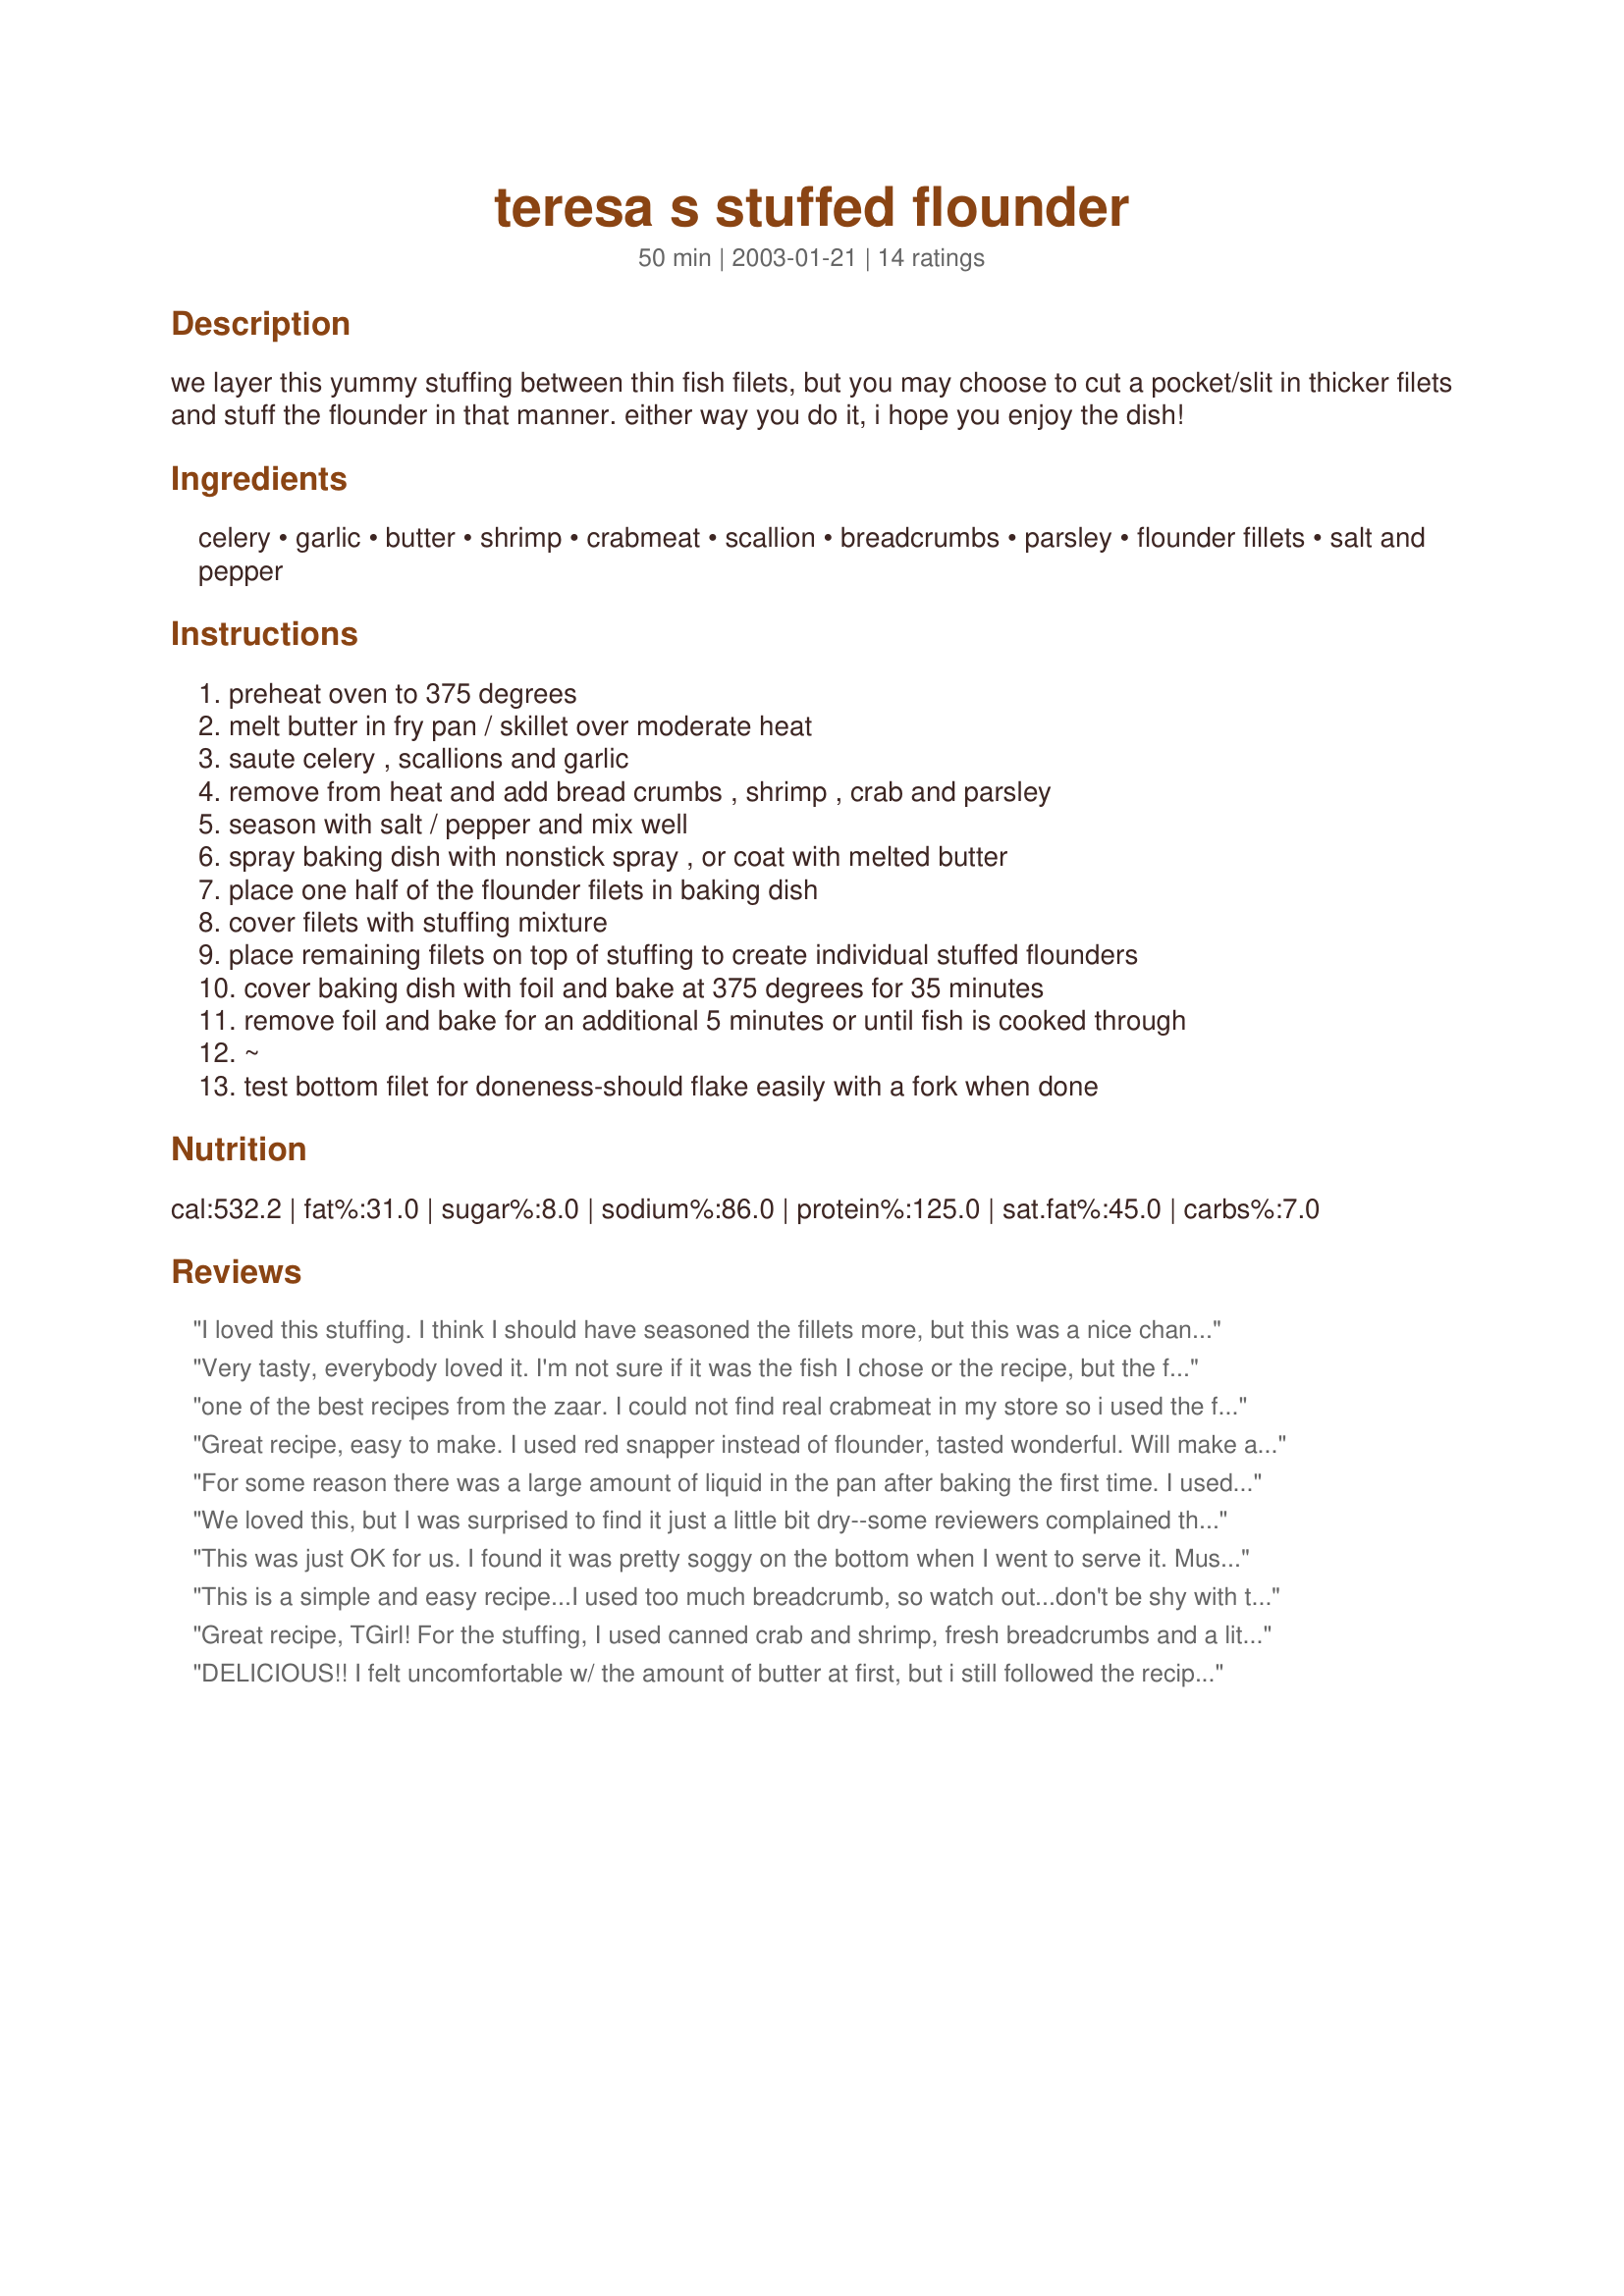
teresa s stuffed flounder
Preparation time: 50 minutes

we layer this yummy stuffing between thin fish filets, but you may choose to cut a pocket/slit in thicker filets and stuff the flounder in that manner. either way you do it, i hope you enjoy the dish!

Ingredients:
celery, garlic, butter, shrimp, crabmeat, scallion, breadcrumbs, parsley, flounder fillets, salt and pepper

Steps:
preheat oven to 375 degrees, melt butter in fry pan / skillet over moderate heat, saute celery , scallions and garlic, remove from heat and add bread crumbs , shrimp , crab and parsley, season with salt / pepper and mix well, spray baking dish with nonstick spray , or coat with melted butter, place one half of the flounder filets in baking dish, cover filets with stuffing mixture, place remaining filets on top of stuffing to create individual stuffed flounders, cover baking dish with foil and bake at 375 degrees for 35 minutes, remove foil and bake for an additional 5 minutes or until fish is cooked through, ~, test bottom filet for doneness-should flake easily with a fork when done

Reviews:
I loved this stuffing. I think I should have seasoned the fillets more, but this was a nice change from the usual baked fish.
Very tasty, everybody loved it. I'm not sure if it was the fish I chose or the recipe, but the flounder ended up slightly mushy. Not everybody loves breadcrumbs in with their crab stuffing.
one of the best recipes from the zaar. I could not find real crabmeat in my store so i used the faux crabmeat by louis rich company. i also did not have a full cup of plain breadcrumbs on hand so i used 1/2 plain and 1/2 herb garlic crumbs. after placing the flounder in a glass baking dish as directed, i poured more melted butter over the top of the filets and sprinkled with a little paprika. didnt notice the bake at 375 so i baked at 350. uncovered after 35 minutes and then baked an additional 10 mins or so until the rest of the dinner was done. WOW! this was some great tasting fish. ITS A KEEPER FOR SURE.
Great recipe, easy to make. I used red snapper instead of flounder, tasted wonderful. Will make again!
For some reason there was a large amount of liquid in the pan after baking the first time. I used fresh fish and instead of shrimp I used lobster meat I bought at Sam's club. I thought overall it had a bitter after taste, but was like by DH. I spinkled parmesan cheese over the stuffing before I put remaining fish on top. I think Maybe I don't like flounder- maybe will try with another type of fish next time.
We loved this, but I was surprised to find it just a little bit dry--some reviewers complained that it was soggy! Maybe a lot depends on the fish you use. I see that BoxO'Wine poured butter over it...next time I might pour over a combination of butter, lemon juice, and white wine--I'd guess no more than 1/2 cup of liquid. I'll let you know how it turns out, or if you try it first let me know!
This was just OK for us. I found it was pretty soggy on the bottom when I went to serve it. Must have been the liquid from the fish??? We weren't crazy about the garlic in this recipe either. It was missing something, but not quite sure what. Thanks for sharing with us though!
This is a simple and easy recipe...I used too much breadcrumb, so watch out...don't be shy with the shrimp and crab! You can have it prepared hours before the guest sshow up and then just pop it i the oven.
Great recipe, TGirl! For the stuffing, I used canned crab and shrimp, fresh breadcrumbs and a little bit of Old Bay seasoning. I also added a bit of paprika on top. My DH RAVED about them! Will definitely make again.
DELICIOUS!! I felt uncomfortable w/ the amount of butter at first, but i still followed the recipe. Turns out you need it for the amount of bread crumbs ur using. The only changes i made were: red bell pepper- no celery on hand, excluded the shrimp- had none, used "seasoned" bread crumbs, and left out the salt. I also used only four frozen flounder filets as this was dinner for two. I kept the quantity of ingredients for the stuffing as is. We pigged out!! My only regret is I wish I could give 10 stars..
This was terrific! I made it with tilapia (which was on sale at my fish market). The filets were too big to cook double, and not quite thick enough to make a pocket, so I just piled the stuffing on top and baked as directed. It was beautiful looking, and delicious.
Tgirl, this is wonderful! I used some leftover shrimp and a can of crabmeat. This recipe is very easy to put together and the stuffing is SO tasty. I served this with broccoli and boiled, new red potatoes. I will make this one again! Thanks for a great recipe!
Bravo!! This recipe is Absolutely Fabulous! A quality worthy of serving to company! I prepared as directed making no subsitutions. I will definitely be making this recipe again! Thank you so much for sharing!
This was FANTASTIC!! I used a whole large flounder and pocketed the stuffing, cooked just about 15 minutes longer, and I looked like a CHEF!!! It was wonderful!
I used canned tiny shrimp & canned crab meat due to time..no one knew or cared!! Thanks!!!
